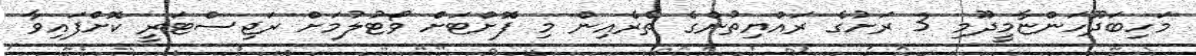
މަހިބަދޫހަންޏާމީދޫމި 3 ރަށުގެ ރައްޔިތުންގެ ތެރެއިން މި ފޮށްޓަށް ވޯޓުލުމަށް ރަޖިސްޓަރީ ކޮށްފައިވާ